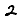
Digit: 2